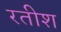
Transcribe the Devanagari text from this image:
रतीश